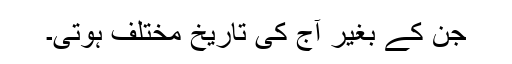
جن کے بغیر آج کی تاریخ مختلف ہوتی۔